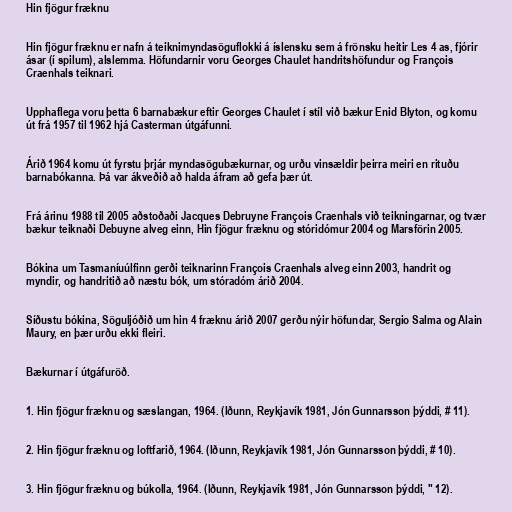
Hin fjögur fræknu

Hin fjögur fræknu er nafn á teiknimyndasöguflokki á íslensku sem á frönsku heitir Les 4 as, fjórir
ásar (í spilum), alslemma. Höfundarnir voru Georges Chaulet handritshöfundur og François
Craenhals teiknari.

Upphaflega voru þetta 6 barnabækur eftir Georges Chaulet í stíl við bækur Enid Blyton, og komu
út frá 1957 til 1962 hjá Casterman útgáfunni.

Árið 1964 komu út fyrstu þrjár myndasögubækurnar, og urðu vinsældir þeirra meiri en rituðu
barnabókanna. Þá var ákveðið að halda áfram að gefa þær út.

Frá árinu 1988 til 2005 aðstoðaði Jacques Debruyne François Craenhals við teikningarnar, og tvær
bækur teiknaði Debuyne alveg einn, Hin fjögur fræknu og stóridómur 2004 og Marsförin 2005.

Bókina um Tasmaníuúlfinn gerði teiknarinn François Craenhals alveg einn 2003, handrit og
myndir, og handritið að næstu bók, um stóradóm árið 2004.

Síðustu bókina, Söguljóðið um hin 4 fræknu árið 2007 gerðu nýir höfundar, Sergio Salma og Alain
Maury, en þær urðu ekki fleiri.

Bækurnar í útgáfuröð.

1. Hin fjögur fræknu og sæslangan, 1964. (Iðunn, Reykjavík 1981, Jón Gunnarsson þýddi, # 11).

2. Hin fjögur fræknu og loftfarið, 1964. (Iðunn, Reykjavík 1981, Jón Gunnarsson þýddi, # 10).

3. Hin fjögur fræknu og búkolla, 1964. (Iðunn, Reykjavík 1981, Jón Gunnarsson þýddi, " 12).